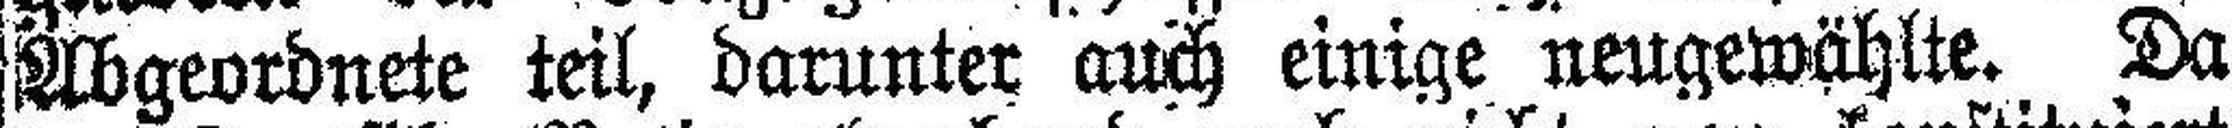
Abgeordnete teil, darunter auch einige neugewählte. Da